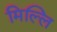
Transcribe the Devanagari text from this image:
मिल्लि